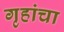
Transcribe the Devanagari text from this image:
गृहांचा